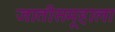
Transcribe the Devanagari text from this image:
जातीसमूहाला